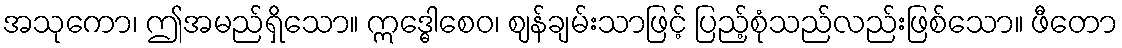
အသုကော၊ ဤအမည်ရှိသော။ ဣဒ္ဓေါစေဝ၊ ဈန်ချမ်းသာဖြင့် ပြည့်စုံသည်လည်းဖြစ်သော။ ဖီတော